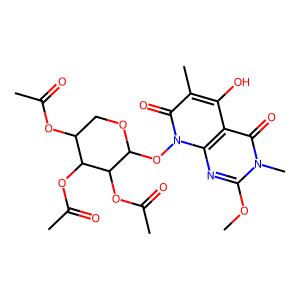
SMILES: COc1nc2c(c(O)c(C)c(=O)n2OC2OCC(OC(C)=O)C(OC(C)=O)C2OC(C)=O)c(=O)n1C
Inhibits HIV replication: No